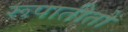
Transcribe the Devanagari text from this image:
रूपातीतो